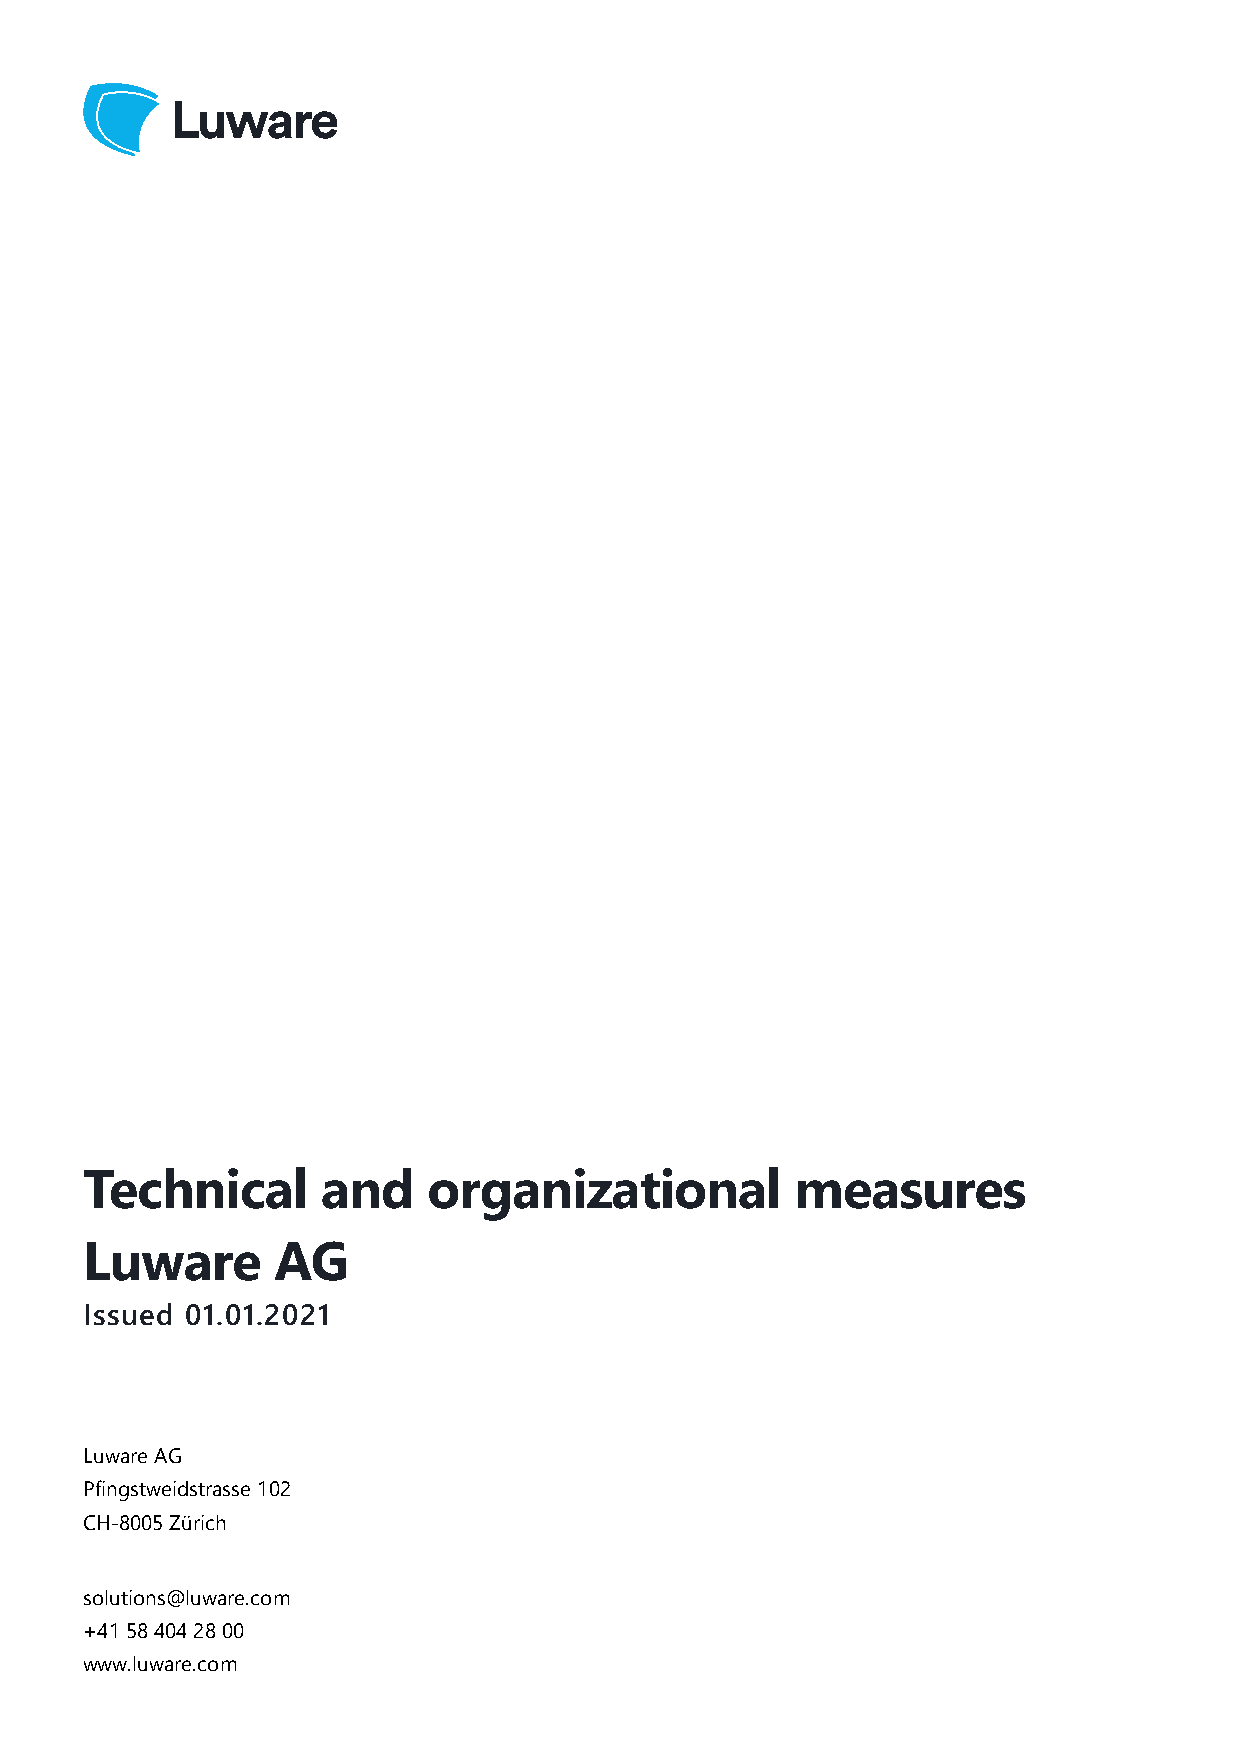
Technical       and    organizational           measures
 Luware       AG
 Issued 01.01.2021
 Luware AG
 Pfingstweidstrasse 102
 CH-8005 Zürich
 solutions@luware.com
 +41 58 404 28 00
 www.luware.com